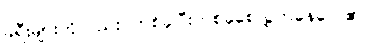
ခရီးများကိုလည်း တစ်ခုပြီးတစ်ခုစေလွှတ်နေလေ၏။